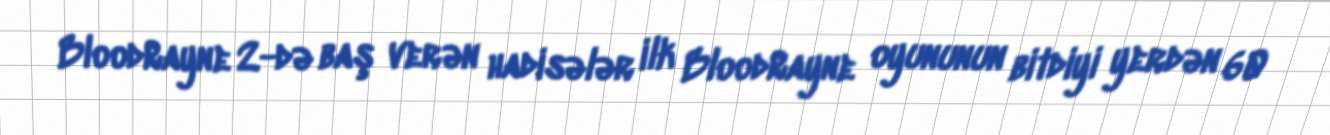
BloodRayne 2-də baş verən hadisələr ilk BloodRayne oyununun bitdiyi yerdən 60